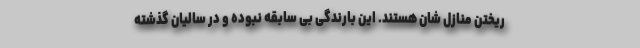
ریختن منازل شان هستند. این بارندگی بی سابقه نبوده و در سالیان گذشته